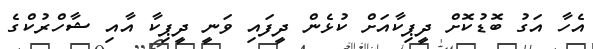
އެހާ އަގު ބޮޑުކޮށް ދީޕިކާއަށް ކުޅެން ދީފައި ވަނީ ދީޕިކާ އާއި ޝާހްރުކްގެ